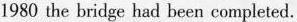
1980 the bridge had been completed.